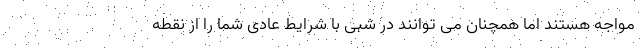
مواجه هستند اما همچنان می توانند در شبی با شرایط عادی شما را از نقطه